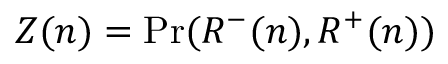
Z ( n ) = \operatorname { \mathrm { P r } } ( R ^ { - } ( n ) , R ^ { + } ( n ) )